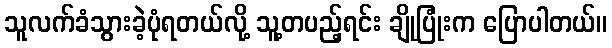
သူလက်ခံသွားခဲ့ပုံရတယ်လို့ သူ့တပည့်ရင်း ချိုပြုံးက ပြောပါတယ်။